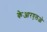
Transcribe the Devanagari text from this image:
केआरएलओ